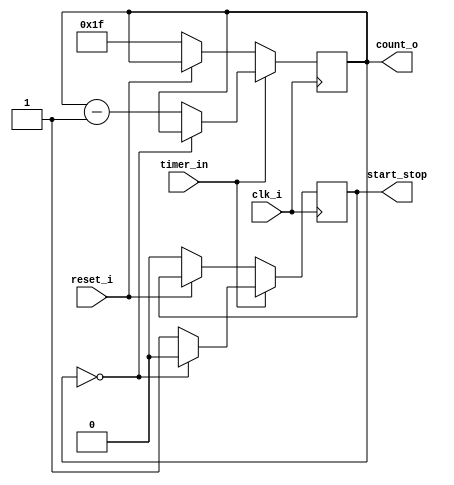
`timescale 1ns / 1ps
//////////////////////////////////////////////////////////////////////////////////
// Company: 
// Engineer: 
// 
// Design Name: 
// Module Name: timer30
// Project Name: 
// Target Devices: 
// Tool Versions: 
// Description: 
// 
// Dependencies: 
// 
// Revision:
// Revision 0.01 - File Created
// Additional Comments:
// 
//////////////////////////////////////////////////////////////////////////////////


module timer30(
    clk_i,
    reset_i,
    timer_in, 
    count_o,
    start_stop
    );
    input clk_i, reset_i, timer_in;
    output reg [6:0] count_o;
    output reg start_stop;
    
    always@(posedge clk_i)begin 
        if(reset_i == 0)begin
            count_o <= 31; 
            start_stop <= 0;
        end
        if(timer_in == 1)begin 
            if(count_o == 0)begin
                count_o <= count_o;
                start_stop <= 0; 
            end else begin
                count_o <= count_o - 1;
                start_stop <= 1;     
            end    
        end
    end
    
    
    
endmodule